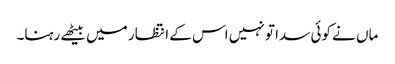
ماں نے کوئی سدا تو نہیں اس کے انتظار میں بیٹھے رہنا۔